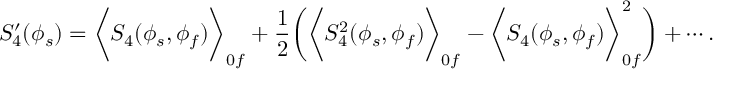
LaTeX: S _ { 4 } ^ { \prime } ( \phi _ { s } ) = \biggl < S _ { 4 } ( \phi _ { s } , \phi _ { f } ) \biggr > _ { 0 f } + \frac { 1 } { 2 } \biggl ( \biggl < S _ { 4 } ^ { 2 } ( \phi _ { s } , \phi _ { f } ) \biggr > _ { 0 f } - \biggl < S _ { 4 } ( \phi _ { s } , \phi _ { f } ) \biggr > _ { 0 f } ^ { 2 } \biggr ) + \cdots .